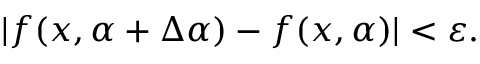
| f ( x , \alpha + \Delta \alpha ) - f ( x , \alpha ) | < \varepsilon .